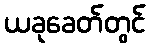
ယခုခေတ်တွင်